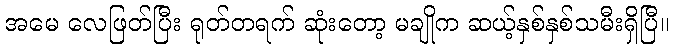
အမေ လေဖြတ်ပြီး ရုတ်တရက် ဆုံးတော့ မချိုက ဆယ့်နှစ်နှစ်သမီးရှိပြီ။